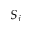
S _ { j }